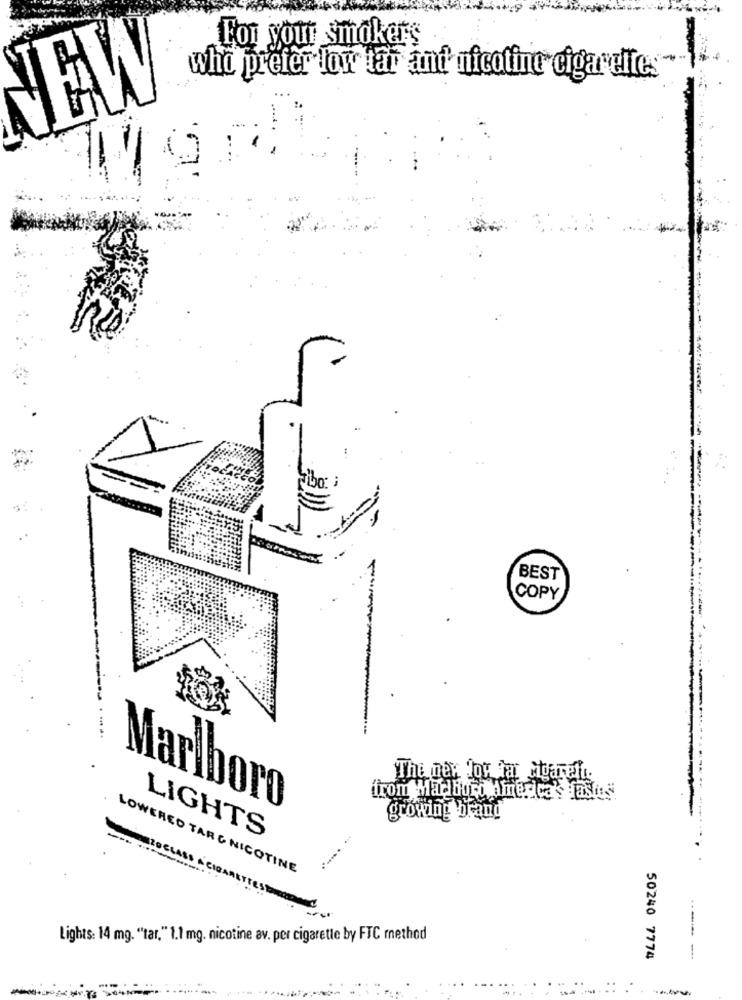
For your smokers
who prefer low tar ant nicotine cigarettes
W
BEST
COPY
The new low tar cigaret ..
from Marlboro America's Hastes
Marlboro
growing brand
LIGHTS
LOWERED TAR G NICOTINE
Lights: 14 mg. ""tar," 1.1 mg. nicotine av. per cigarette by FTC method
50240 7774
--- -